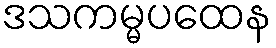
ဒသကမ္မပထေန